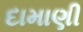
દામાણી